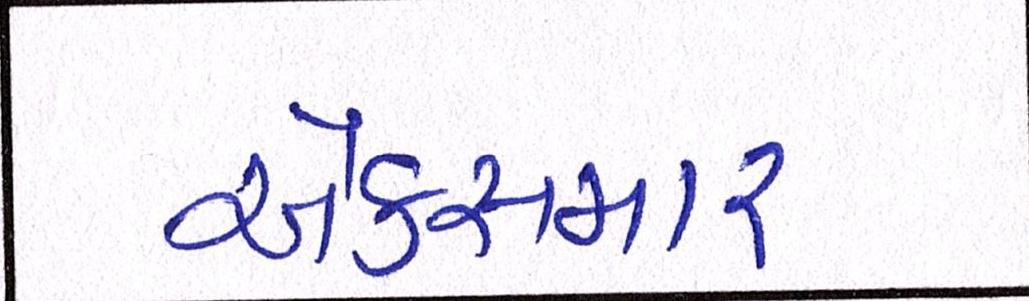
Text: એક્સમાર